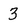
Character: 3